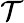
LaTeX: {\cal T}